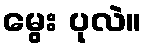
မွေး ပုလဲ။